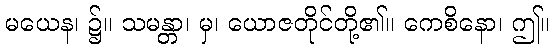
မယေန၊ ၌။ သမန္တာ၊ မှ၊ ယောဇတိုင်တို့၏။ ကေစိနော၊ ဤ။